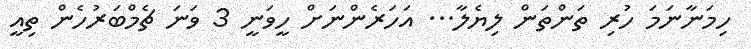
ހިމަނާނަމަ ހުރި ތަންތަން ލިޔެލާ... އަހަރެންނަށް ހީވަނީ 3 ވަނަ ޗެމްބަރުހެން ތިއީ